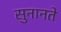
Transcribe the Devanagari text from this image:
सुनानते